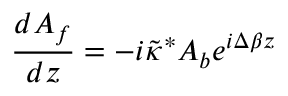
\frac { d A _ { f } } { d z } = - i { \tilde { \kappa } ^ { * } } A _ { b } e ^ { i \Delta \beta z }